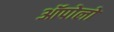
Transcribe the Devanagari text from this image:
ऑपोलो